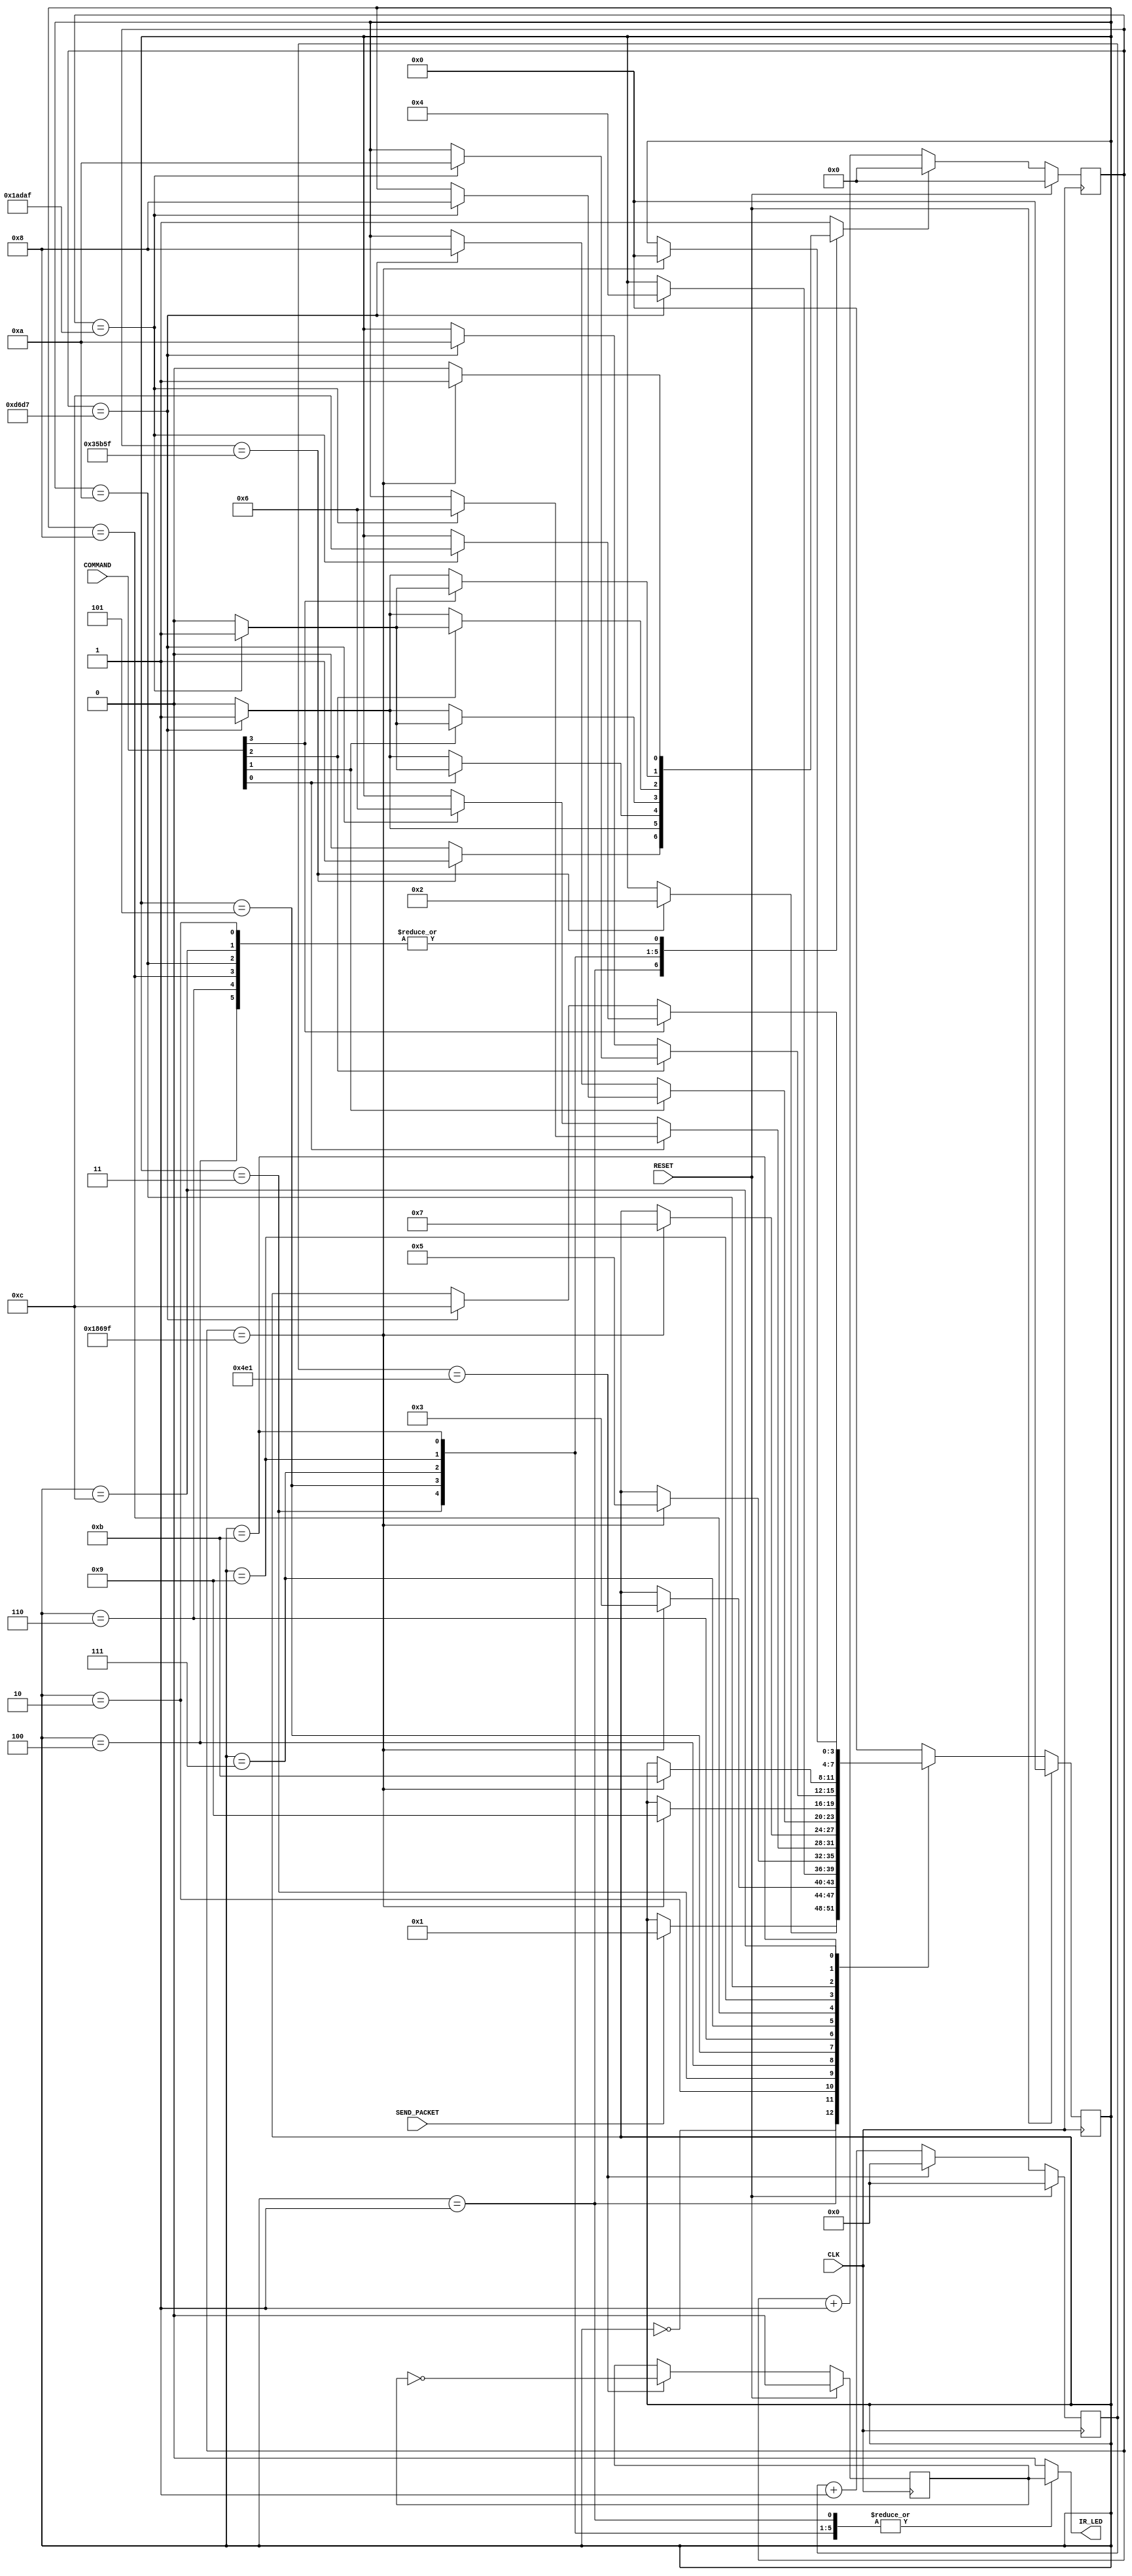
`timescale 1ns / 1ps
//////////////////////////////////////////////////////////////////////////////////
// Company: University of Edinburgh
// 
// Design Name: 
// Module Name: IRTransmitterSM2
// Project Name: 
// Target Devices: 
// Tool Versions: 
// Description: 
// 
// Dependencies: 
// 
// Revision:
// Revision 0.01 - File Created
// Additional Comments:
// 
//////////////////////////////////////////////////////////////////////////////////


module IRTransmitterSM2(
    input CLK,
    input RESET,
    input [3:0] COMMAND,
    input SEND_PACKET,
    //Declare IR_LED as a register to store values that will be used
    //in an always statement
    output reg IR_LED
    );
    
    //Declare the parameters of the Yellow car packet regions
    parameter StartBurstSize = 88;
    parameter GapSize = 40;
    parameter CarSelectBurstSize = 22;
    parameter AssertBurstSize = 44;
    parameter DeAssertBurstSize = 22;
    
    //Declare the parameter of the ratio of clock freq to pulse freq
    //to determine the number of clock cycles every pulse cycle to produce 
    //a pulse freq of 40kHz from the 100MHz clock
    parameter CLKratio = 2500;
    
    //Create registers to store values of the 40kHz pulse counter and pulse
    //signal
    //Initialise them to be 0
    reg [11:0] Pulse_Counter = 0;
    reg pulse = 0;
    
    //Generate 40kHz pulse
    always@(posedge CLK) begin
        if (RESET) begin
            Pulse_Counter <= 0;
            pulse <= 0;
        end
        else begin
            if (Pulse_Counter == (CLKratio/2 -1)) begin 
                Pulse_Counter <= 0;
                pulse <= ~pulse; //Every 1250 clock cycles, invert pulse signal to produce pulses with a period of 2500 cycles and freq of 40kHz
            end
            else begin
                Pulse_Counter <= Pulse_Counter + 1;
            end
        end
    end
    
    //Declare parameters of the states of the SM
    //Declare separate GAP states for specific previous states rather than single GAP state
    parameter IDLE = 4'b0000;
    parameter START = 4'b0001;
    parameter GAP_start = 4'b0010;
    parameter CAR_SELECT = 4'b0011;
    parameter GAP_carselect = 4'b0100;
    parameter RIGHT = 4'b0101;
    parameter GAP_right = 4'b0110;
    parameter LEFT = 4'b0111;
    parameter GAP_left = 4'b1000;
    parameter BACKWARD = 4'b1001;
    parameter GAP_backward = 4'b1010;
    parameter FORWARD = 4'b1011;
    parameter GAP_forward = 4'b1100;
    
    //Create registers to store the values of the current and next states
    reg [3:0] Curr_State;
    reg [3:0] Next_State;
    
    //Create registers to store values of the clock signal counter and
    //clock reset signal 
    reg [26:0] CLK_Counter = 0;
    reg CLK_Reset;
    
    //Create logic to count clock signals that will be applied to IR packet regions
    always@(posedge CLK) begin
        if (RESET)
            CLK_Counter <= 0;
        else begin
            if (CLK_Reset == 1)
                CLK_Counter <= 0;
            else
                CLK_Counter <= CLK_Counter + 1;
        end
    end
    
    //Create the sequential logic for the SM
    always@(posedge CLK) begin
        if (RESET)
            Curr_State <= IDLE;
        else
            Curr_State <= Next_State;
    end
    
    //Create SM logic for each state
    always @* begin
        case (Curr_State)
            //IDLE state to wait for SEND_PACKET signal
            IDLE: begin
                CLK_Reset <= 1; //Keeps clock counter at 0
                IR_LED <= 0; //No IR signal transmitted
                
                if (SEND_PACKET == 1) 
                    Next_State <= START; //Next state moves to START state when SEND_PACKET signal received
                else 
                    Next_State <= Curr_State; //Remain in IDLE state if no SEND_PACKET signal received
            end
            
            //START state to produce Start packet region
            START: begin
                IR_LED <= pulse; //IR signal follows 40kHz pulse signals
                
                //Logic for whether 88 40kHz pulse cycles produced
                //(88 40kHz pulse cycles is the same as 88x2500 100MHz clock cycles)
                if (CLK_Counter == (StartBurstSize * CLKratio) - 1) begin
                    CLK_Reset <= 1; //Reset clock counter to 0
                    Next_State <= GAP_start; //Next state is GAP state
                end
                else begin
                    CLK_Reset <= 0; //Keep counting clock cycles
                    Next_State <= Curr_State;
                end
            end
            
            //GAP state after START state to produce Gap packet region
            GAP_start: begin
                IR_LED <= 0; //No IR signaL transmitted
                
                //Logic for whether 40 40kHz pulse cycles produced
                if (CLK_Counter == (GapSize * CLKratio) - 1) begin
                    CLK_Reset <= 1;
                    Next_State <= CAR_SELECT;
                end
                else begin
                    CLK_Reset <= 0;
                    Next_State <= Curr_State;
                end
            end
            
            //CAR_SELECT state to produce Car Select pacekt region
            CAR_SELECT: begin
                IR_LED <= pulse;
                
                //Logic for whether 22 40kHz pulse cycles produced
                if (CLK_Counter == (CarSelectBurstSize * CLKratio) - 1) begin
                    CLK_Reset <= 1;
                    Next_State <= GAP_carselect;
                end
                else begin
                    CLK_Reset <= 0;
                    Next_State <= Curr_State;
                end
            end
            
            //GAP state after CAR_SELECT state to produce Gap packet region
            GAP_carselect: begin
                IR_LED <= 0;
                
                //Logic for whether 40 40kHz pulse cycles produced
                if (CLK_Counter == (GapSize * CLKratio) - 1) begin
                    CLK_Reset <= 1;
                    Next_State <= RIGHT;
                end
                else begin
                    CLK_Reset <= 0;
                    Next_State <= Curr_State;
                end
            end
            
            //RIGHT state to produce Start packet region
            RIGHT: begin
                IR_LED <= pulse;
                
                //1st bit of COMMAND input determines assert/de-assert of right direction
                if (COMMAND[0] == 1) begin //Assert
                    //Logic for whether 44 40kHz pulse cycles produced
                    if (CLK_Counter == (AssertBurstSize * CLKratio) - 1) begin
                        CLK_Reset <= 1;
                        Next_State <= GAP_right;
                    end
                    else begin
                        CLK_Reset <= 0;
                        Next_State <= Curr_State;
                    end
                end
                else begin //De-assert
                    //Logic for whether 22 40kHz pulse cycles produced
                    if (CLK_Counter == (DeAssertBurstSize * CLKratio) - 1) begin
                        CLK_Reset <= 1;
                        Next_State <= GAP_right;
                    end
                    else begin
                        CLK_Reset <= 0;
                        Next_State <= Curr_State;
                    end
                end
            end
            
            //GAP state after RIGHT state to produce Gap packet region
            GAP_right: begin
                IR_LED <= 0;
                
                //Logic for whether 40 40kHz pulse cycles produced
                if (CLK_Counter == (GapSize * CLKratio) - 1) begin
                    CLK_Reset <= 1;
                    Next_State <= LEFT;
                end
                else begin
                    CLK_Reset <= 0;
                    Next_State <= Curr_State;
                end
            end
            
            //LEFT state to produce Start packet region
            LEFT: begin
                IR_LED <= pulse;
                
                //2nd bit of COMMAND input determines assert/de-assert of left direction
                if (COMMAND[1] == 1) begin //Assert
                    //Logic for whether 44 40kHz pulse cycles produced
                    if (CLK_Counter == (AssertBurstSize * CLKratio) - 1) begin
                        CLK_Reset <= 1;
                        Next_State <= GAP_left;
                    end
                    else begin
                        CLK_Reset <= 0;
                        Next_State <= Curr_State;
                    end
                end
                else begin //De-assert
                    //Logic for whether 22 40kHz pulse cycles produced
                    if (CLK_Counter == (DeAssertBurstSize * CLKratio) - 1) begin
                        CLK_Reset <= 1;
                        Next_State <= GAP_left;
                    end
                    else begin
                        CLK_Reset <= 0;
                        Next_State <= Curr_State;
                    end
                end
            end
               
            //GAP state after LEFT state to produce Gap packet region         
            GAP_left: begin
                IR_LED <= 0;
                
                //Logic for whether 40 40kHz pulse cycles produced
                if (CLK_Counter == (GapSize * CLKratio) - 1) begin
                    CLK_Reset <= 1;
                    Next_State <= BACKWARD;
                end
                else begin
                    CLK_Reset <= 0;
                    Next_State <= Curr_State;
                end
            end
            
            //BACKWARD state to produce Start packet region
            BACKWARD: begin
                IR_LED <= pulse;
                
                //3rd bit of COMMAND input determines assert/de-assert of backward direction
                if (COMMAND[2] == 1) begin //Assert
                    //Logic for whether 44 40kHz pulse cycles produced
                    if (CLK_Counter == (AssertBurstSize * CLKratio) - 1) begin
                        CLK_Reset <= 1;
                        Next_State <= GAP_backward;
                    end
                    else begin
                        CLK_Reset <= 0;
                        Next_State <= Curr_State;
                    end
                end
                else begin //De-assert
                    //Logic for whether 22 40kHz pulse cycles produced
                    if (CLK_Counter == (DeAssertBurstSize * CLKratio) - 1) begin
                        CLK_Reset <= 1;
                        Next_State <= GAP_backward;
                    end
                    else begin
                        CLK_Reset <= 0;
                        Next_State <= Curr_State;
                    end
                end
            end
            
            //GAP state after BACKWARD state to produce Gap packet region
            GAP_backward: begin
                IR_LED <= 0;
                
                //Logic for whether 40 40kHz pulse cycles produced
                if (CLK_Counter == (GapSize * CLKratio) - 1) begin
                    CLK_Reset <= 1;
                    Next_State <= FORWARD;
                end
                else begin
                    CLK_Reset <= 0;
                    Next_State <= Curr_State;
                end
            end
            
            //FORWARD state to produce Start packet region
            FORWARD: begin
                IR_LED <= pulse;
                
                //4th bit of COMMAND input determines assert/de-assert of forward direction
                if (COMMAND[3] == 1) begin //Assert
                    //Logic for whether 44 40kHz pulse cycles produced
                    if (CLK_Counter == (AssertBurstSize * CLKratio) - 1) begin
                        CLK_Reset <= 1;
                        Next_State <= GAP_forward;
                    end
                    else begin
                        CLK_Reset <= 0;
                        Next_State <= Curr_State;
                    end
                end
                else begin //De-assert
                    //Logic for whether 22 40kHz pulse cycles produced
                    if (CLK_Counter == (DeAssertBurstSize * CLKratio) - 1) begin
                        CLK_Reset <= 1;
                        Next_State <= GAP_forward;
                    end
                    else begin
                        CLK_Reset <= 0;
                        Next_State <= Curr_State;
                    end
                end
            end
            
            //GAP state after FORWARD state to produce Gap packet region
            GAP_forward: begin
                IR_LED <= 0;
                
                //Logic for whether 40 40kHz pulse cycles produced
                if (CLK_Counter == (GapSize * CLKratio) - 1) begin
                    CLK_Reset <= 1;
                    Next_State <= IDLE;
                end
                else begin
                    CLK_Reset <= 0;
                    Next_State <= Curr_State;
                end
            end
            
            //Default state conditions
            default: begin
                CLK_Reset <= 1;
                IR_LED <= 0;
                Next_State <= IDLE;
            end            
        endcase
    end

    
endmodule